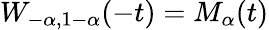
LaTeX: W_{-\alpha,1-\alpha}(-t)=M_{\alpha}(t)